Indian journal of veterinary science and animal husbandry - Volume 12,
Year: 1942
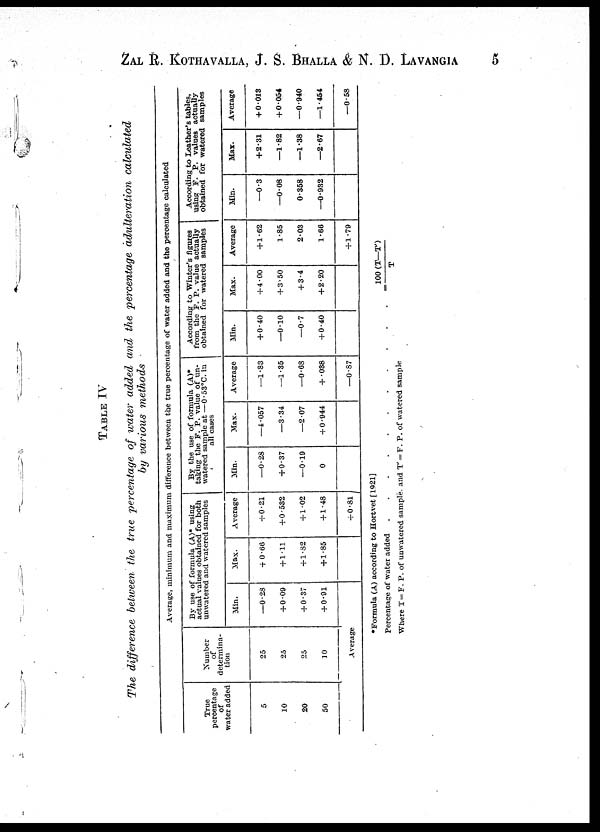
ZAL R. KOTHAVALLA, J. S. BHALLA & N. D. LAVANGIA 5
TABLE IV
The difference between the true percentage of water added and the percentage adulteration calculated
by various methods
Average, minimum and maximum difference between the true percentage of water added and the percentage calculated
True
percentage
of
water added
5
10
20
50
Number
of
determina-
tion
25
25
25
10
Average
By use of formula (A)* using
actual values obtained for both
unwatered and watered samples
Min.
—0.28
+ 0.09
+ 0.37
+ 0.91
Max.
+ 0.66
+1.11
+1.82
+1.85
Average
+ 0.21
+ 0.532
+ 1.02
+ 1.48
+ 0.81
By the use of formula (A)*
taking the F. P. value of un¬
watered sample at —0.53°C. in
all cases
Min.
—0.28
+ 0.37
—0.19
0
Max.
—4.057
—3.34
—2.07
+ 0.944
Average
—1.83
—1.35
—0.68
+ .038
—0.87
According to Winter's figures
from the F. P. value actually
obtained for watered samples
Min.
+0.40
—0.10
—0.7
+0.40
Max.
+ 4.00
+ 3.50
+ 3.4
+ 2.20
Average
+ 1.62
1.85
2.03
1.66
+ 1.79
According to Leather's tables,
using F. P. values actually
obtained for watered samples
Min.
—0.3
—0.08
0.358
—0.932
Max.
+2.31
—1.82
—1.38
—2.67
Average
+ 0.013
+ 0.054
—0.940
—1.454
—0.58
*Formula (A) according to Hortvet [ 1921]
Percentage of water added
.
.
.
.
.
.
.
.
.
.
.
=100 (T—T) / T
Where T= F. P. of unwatered sample and T = F. P. of watered sample